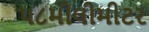
૫૮મીલીમીટર